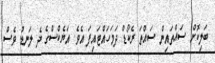
ބަލިކޮށް ސައްތައިން ސައްތަ ރެކޯޑް ދަމަހައްޓައިފަ އެވެ. އަޔެކްސްގެ ދެ ލަނޑު ވެސް